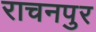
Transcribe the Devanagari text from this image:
राचनपुर